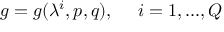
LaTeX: g = g ( \lambda ^ { i } , p , q ) , \ \ \ \ i = 1 , . . . , Q